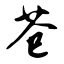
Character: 苍